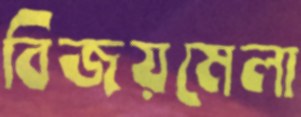
বিজয়মেলা